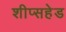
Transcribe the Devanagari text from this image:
शीप्सहेड